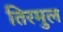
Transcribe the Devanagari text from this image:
तिरमुल